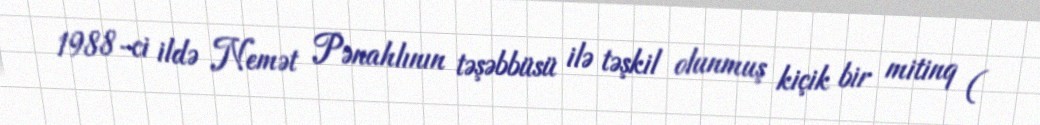
1988-ci ildə Nemət Pənahlının təşəbbüsü ilə təşkil olunmuş kiçik bir mitinq (